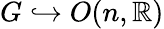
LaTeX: G\hookrightarrow O(n,\mathbb{R})